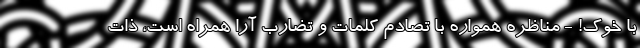
با خوک! - مناظره همواره با تصادم کلمات و تضارب آرا همراه است، ذات